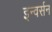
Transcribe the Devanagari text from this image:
इन्वर्सन